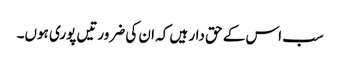
سب اس کے حق دار ہیں کہ ان کی ضرورتیں پوری ہوں۔